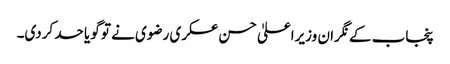
پنجاب کے نگران وزیراعلیٰ حسن عسکری رضوی نے تو گویا حد کردی۔